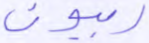
ربيون